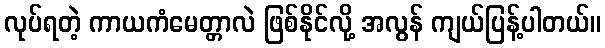
လုပ်ရတဲ့ ကာယကံမေတ္တာလဲ ဖြစ်နိုင်လို့ အလွန် ကျယ်ပြန့်ပါတယ်။